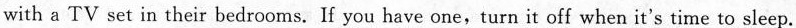
with a TV set in their bedrooms. If you have one,turn it off when it's time to sleep.